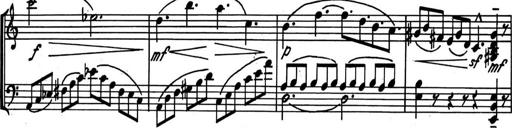
Title: Kleine Sonate
Composer: Raoul Koczalski
Key: C major